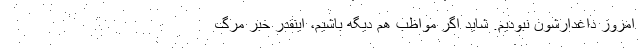
امروز داغدارشون نبودیم. شاید اگر مواظب هم دیگه باشیم، اینقدر خبر مرگ